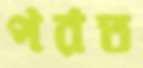
পরত